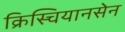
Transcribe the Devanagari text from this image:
क्रिस्चियानसेन